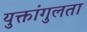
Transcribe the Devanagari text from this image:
युक्तांगुलता